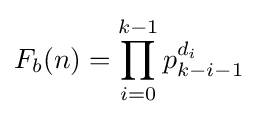
F_{b}(n)=\prod _{i=0}^{k-1}p_{k-i-1}^{d_{i}}